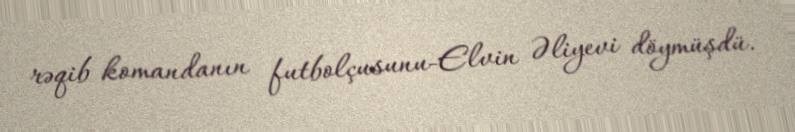
rəqib komandanın futbolçusunu-Elvin Əliyevi döymüşdü.